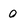
Character: 0